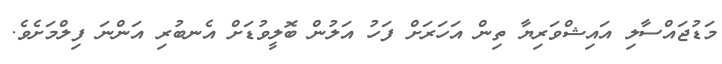
މަޑުޖައްސާލި އައިޝްވަރިޔާ ތިން އަހަރަށް ފަހު އަލުން ބޮލީވުޑަށް އެނބުރި އަންނަ ފިލްމަށެވެ.